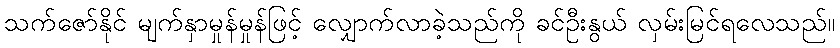
သက်ဇော်နိုင် မျက်နှာမှုန်မှုန်ဖြင့် လျှောက်လာခဲ့သည်ကို ခင်ဦးနွယ် လှမ်းမြင်ရလေသည်။